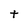
Character: t